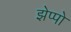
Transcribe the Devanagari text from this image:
झेप्पो